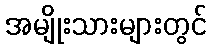
အမျိုးသားများတွင်